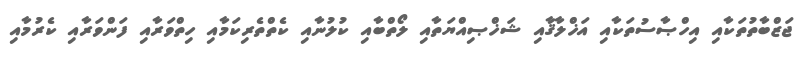
ޖަޒްބާތުތަކާއި އިހްޞާސުތަކާއި އަޚްލާޤާއި ޝަޚްޞިއްޔަތާއި ލޯތްބާއި ކުލުނާއި ކެތްތެރިކަމާއި ހިތްވަރާއި ފަންވަރާއި ކެރުމާއި